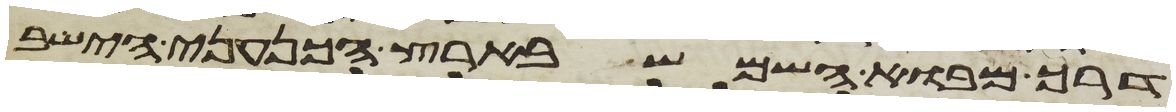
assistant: דרך מבוא השמש בארץ הכנעני הישב